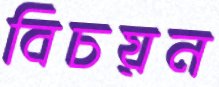
বিচয়ন